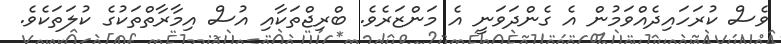
ވެސް ކުރަހައިދެއްވަމުން އެ ގެންދަވަނީ އެ މަންޒަރެވެ. ބްރިޖްތަކާއި އުސް އިމާރާތްތަކުގެ ކުލަތަކެވެ.